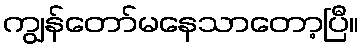
ကျွန်တော်မနေသာတော့ပြီ။